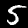
Label: 5